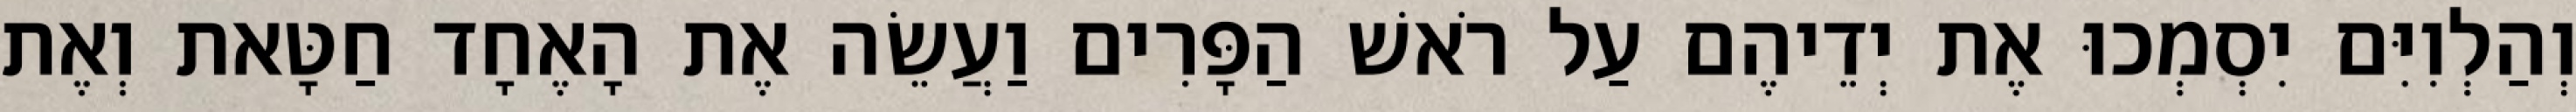
וְהַלְוִיִּם יִסְמְכוּ אֶת יְדֵיהֶם עַל רֹאשׁ הַפָּרִים וַעֲשֵׂה אֶת הָאֶחָד חַטָּאת וְאֶת